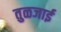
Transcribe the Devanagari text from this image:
तुळजाई